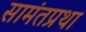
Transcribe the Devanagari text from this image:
सामंतप्रथा